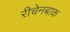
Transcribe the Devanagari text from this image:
रीचेनबाक